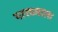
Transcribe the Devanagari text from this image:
पारध्याला